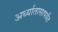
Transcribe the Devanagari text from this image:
अर्ध्यातासापर्यंत